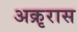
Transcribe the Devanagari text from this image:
अक्रृरास